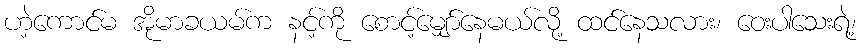
ဟဲ့ကောင်မ အိုမာခယမ်က နင့်ကို စောင့်မျှော်နေမယ်လို့ ထင်နေသလား၊ ဝေးပါသေးရဲ့၊